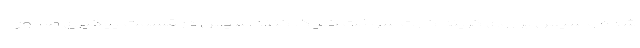
شده و سپس بر روی گزینه کارت سوخت کلیک کنند.سپس در قسمت پیگیری صدور